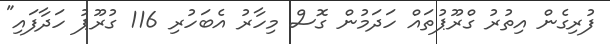
ފުރިގެން އިތުރު ގްްރޫޕުތައް ހަދަމުން ގޮސް މިހާރު އެބަހުރި 116 ގުރޫޕު ހަދާފައި"